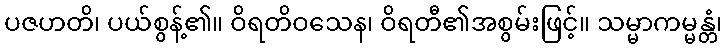
ပဇဟတိ၊ ပယ်စွန့်၏။ ဝိရတိဝသေန၊ ဝိရတီ၏အစွမ်းဖြင့်။ သမ္မာကမ္မန္တံ၊